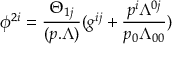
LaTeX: \phi ^ { 2 i } = { \frac { \Theta _ { 1 j } } { ( p . \Lambda ) } } ( g ^ { i j } + { \frac { p ^ { i } \Lambda ^ { 0 j } } { p _ { 0 } \Lambda _ { 0 0 } } } )